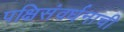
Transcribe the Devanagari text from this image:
पक्षिसंवर्धनाची